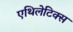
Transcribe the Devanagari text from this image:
एथिलेटिक्स